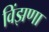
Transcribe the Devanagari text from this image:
विंझणा